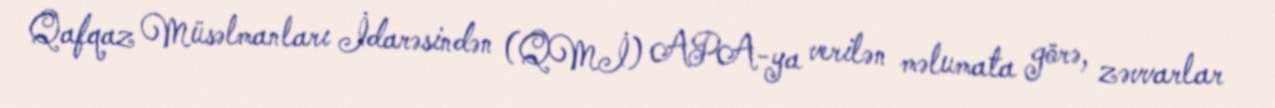
Qafqaz Müsəlmanları İdarəsindən (QMİ) APA-ya verilən məlumata görə, zəvvarlar